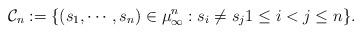
LaTeX: \begin{align*}\mathcal{C}_{n}:=\{(s_{1},\cdots,s_{n})\in\mu_{\infty}^{n}:s_{i}\neq s_{j}1\leq i<j\leq n\}.\end{align*}